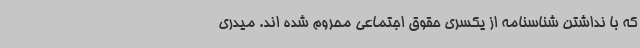
که با نداشتن شناسنامه از یکسری حقوق اجتماعی محروم شده اند. میدری